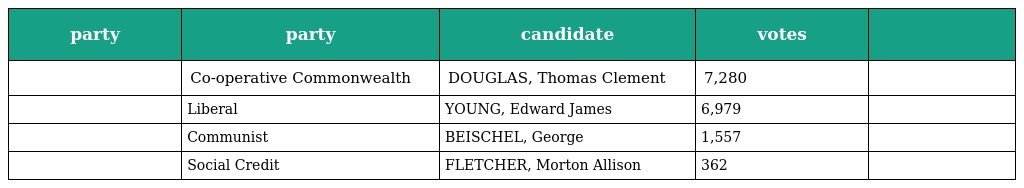
| party | party | candidate | votes |  |
 | --- | --- | --- | --- | --- |
 |  | Co-operative Commonwealth | DOUGLAS, Thomas Clement | 7,280 |  |
 |  | Liberal | YOUNG, Edward James | 6,979 |  |
 |  | Communist | BEISCHEL, George | 1,557 |  |
 |  | Social Credit | FLETCHER, Morton Allison | 362 |  |